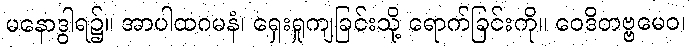
မနောဒွါရ၌။ အာပါထဂမနံ၊ ရှေးရှုကျခြင်းသို့ ရောက်ခြင်းကို။ ဝေဒိတဗ္ဗမေဝ၊